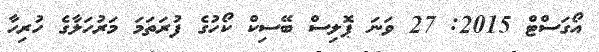
އޯގަސްޓް 2015: 27 ވަނަ ޕޮލިސް ބޭސިކް ކޯހުގެ ފުރަތަމަ މަރުހަލާގެ ހުރިހާ